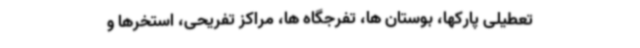
تعطیلی پارکها، ‌بوستان ها،‌ تفرجگاه ها،‌ مراکز تفریحی،‌ استخرها و